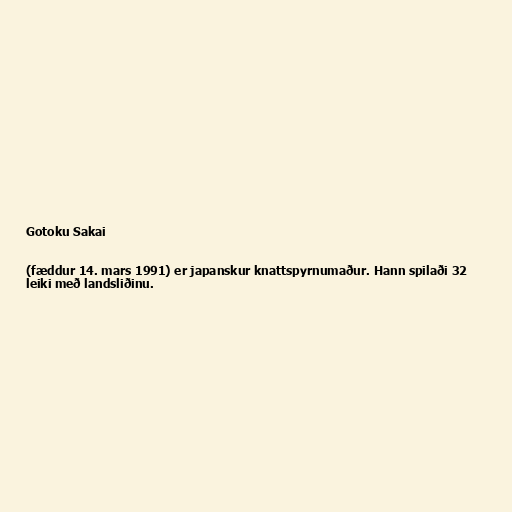
Gotoku Sakai

(fæddur 14. mars 1991) er japanskur knattspyrnumaður. Hann spilaði 32
leiki með landsliðinu.